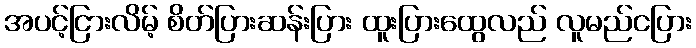
အပင့်ငြားလိမ့် စိတ်ပြားဆန်းပြား ထူးပြားထွေလည် လူမည်ငပြား